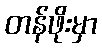
တန်ဖိုးမှာ